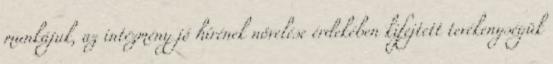
munkájuk, az intézmény jó hírének növelése érdekében kifejtett tevékenységük